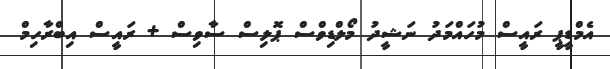
އެމްޑީޕީ ރައީސް މުހައްމަދު ނަޝީދު މޯލްޑިވްސް ޕޮލިސް ސާވިސް + ރައީސް އިބްރާހިމް